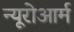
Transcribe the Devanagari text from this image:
न्यूरोआर्म